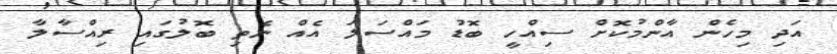
އަދި މިހެން އާންމުކޮށް ސިއްހީ ބޮޑު މައްސަލަ އެއް ނެތި ބޮލުގައި ރިއްސާލާ